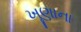
ખૂણાના